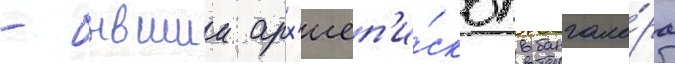
- бывшии арх'иеп'и́скоп бангало́ра